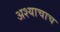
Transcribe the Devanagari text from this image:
अश्याचाच